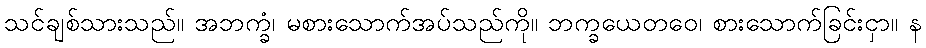
သင်ချစ်သားသည်။ အဘက္ခံ၊ မစားသောက်အပ်သည်ကို။ ဘက္ခယေတဝေ၊ စားသောက်ခြင်းငှာ။ န